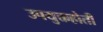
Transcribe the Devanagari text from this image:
उपयुक्तहोती